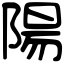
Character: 陽